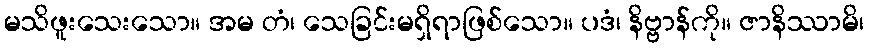
မသိဖူးသေးသော။ အမ တံ၊ သေခြင်းမရှိရာဖြစ်သော။ ပဒံ၊ နိဗ္ဗာန်ကို။ ဇာနိဿာမိ၊